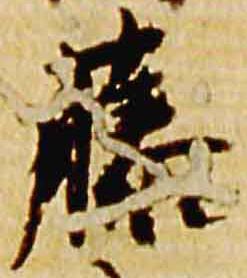
藤